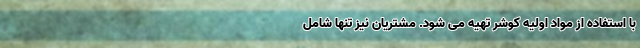
با استفاده از مواد اولیه کوشر تهیه می شود. مشتریان نیز تنها شامل